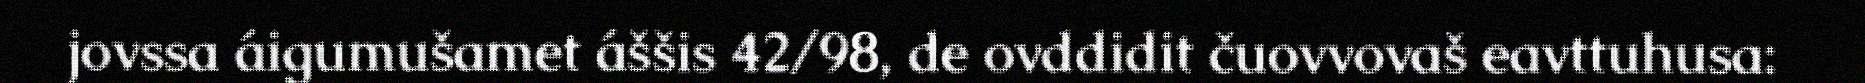
jovssa áigumušamet áššis 42/98, de ovddidit čuovvovaš eavttuhusa: